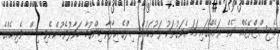
މެޖިސްޓްރޭޓެއް ނެތް ރަށެއްގައިނަމަ އެވަގުތަކު ރަށުކައުންސިލްގެ އިދާރާ ހިންގުމާ ހަވާލުވެހުންނެވި އިސް ވެރިއެއްގެ